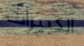
الكبيرات